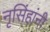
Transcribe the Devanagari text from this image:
नृसिंहांनी